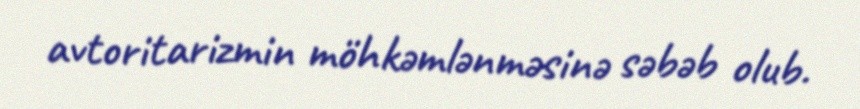
avtoritarizmin möhkəmlənməsinə səbəb olub.